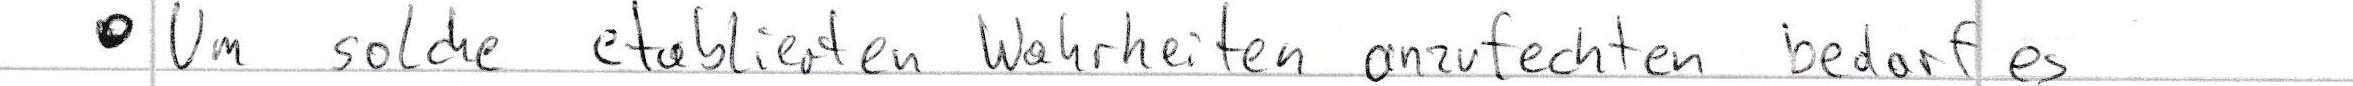
- Um solche etablierten Wahrheiten anzufechten bedarf es